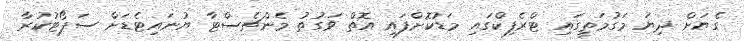
ގެޔަށް ދިޔަ މަގުމަތީގައި ޓްރެފިކްގައި މަޑުކޮށްފައި އޮތް ވަގުތު މެންޗެސްޓާ ޔުނައިޓެޑަށް ސަޕޯޓުކުރާ